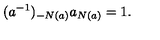
( a ^ { - 1 } ) _ { - N ( a ) } a _ { N ( a ) } = 1 .